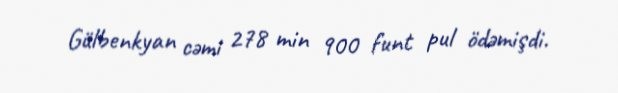
Gülbenkyan cəmi 278 min 900 funt pul ödəmişdi.